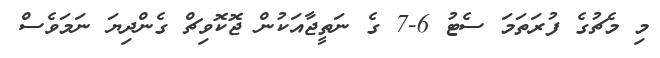
މި މެޗުގެ ފުރަތަމަ ސެޓު 6-7 ގެ ނަތީޖާއަކުން ޖޮކޮވިޗް ގެންދިޔަ ނަމަވެސް